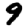
Digit: 9